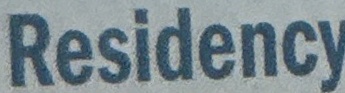
Residency